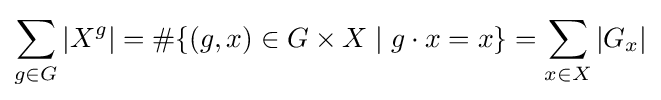
\sum _{g\in G}|X^{g}|=\#\{(g,x)\in G\times X\mid g\cdot x=x\}=\sum _{x\in X}|G_{x}|